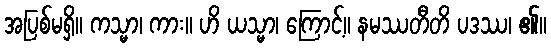
အပြစ်မရှိ။ ကသ္မာ၊ ကား။ ဟိ ယသ္မာ၊ ကြောင့်။ နမဿတီတိ ပဒဿ၊ ၏။